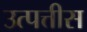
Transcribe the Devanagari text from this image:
उत्पत्तीस